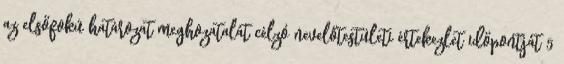
az elsőfokú határozat meghozatalát célzó nevelőtestületi értekezlet időpontját 5